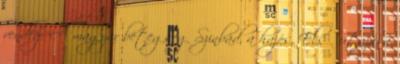
vendég A magyar betegség Szinbád, a hajós, Első utazása